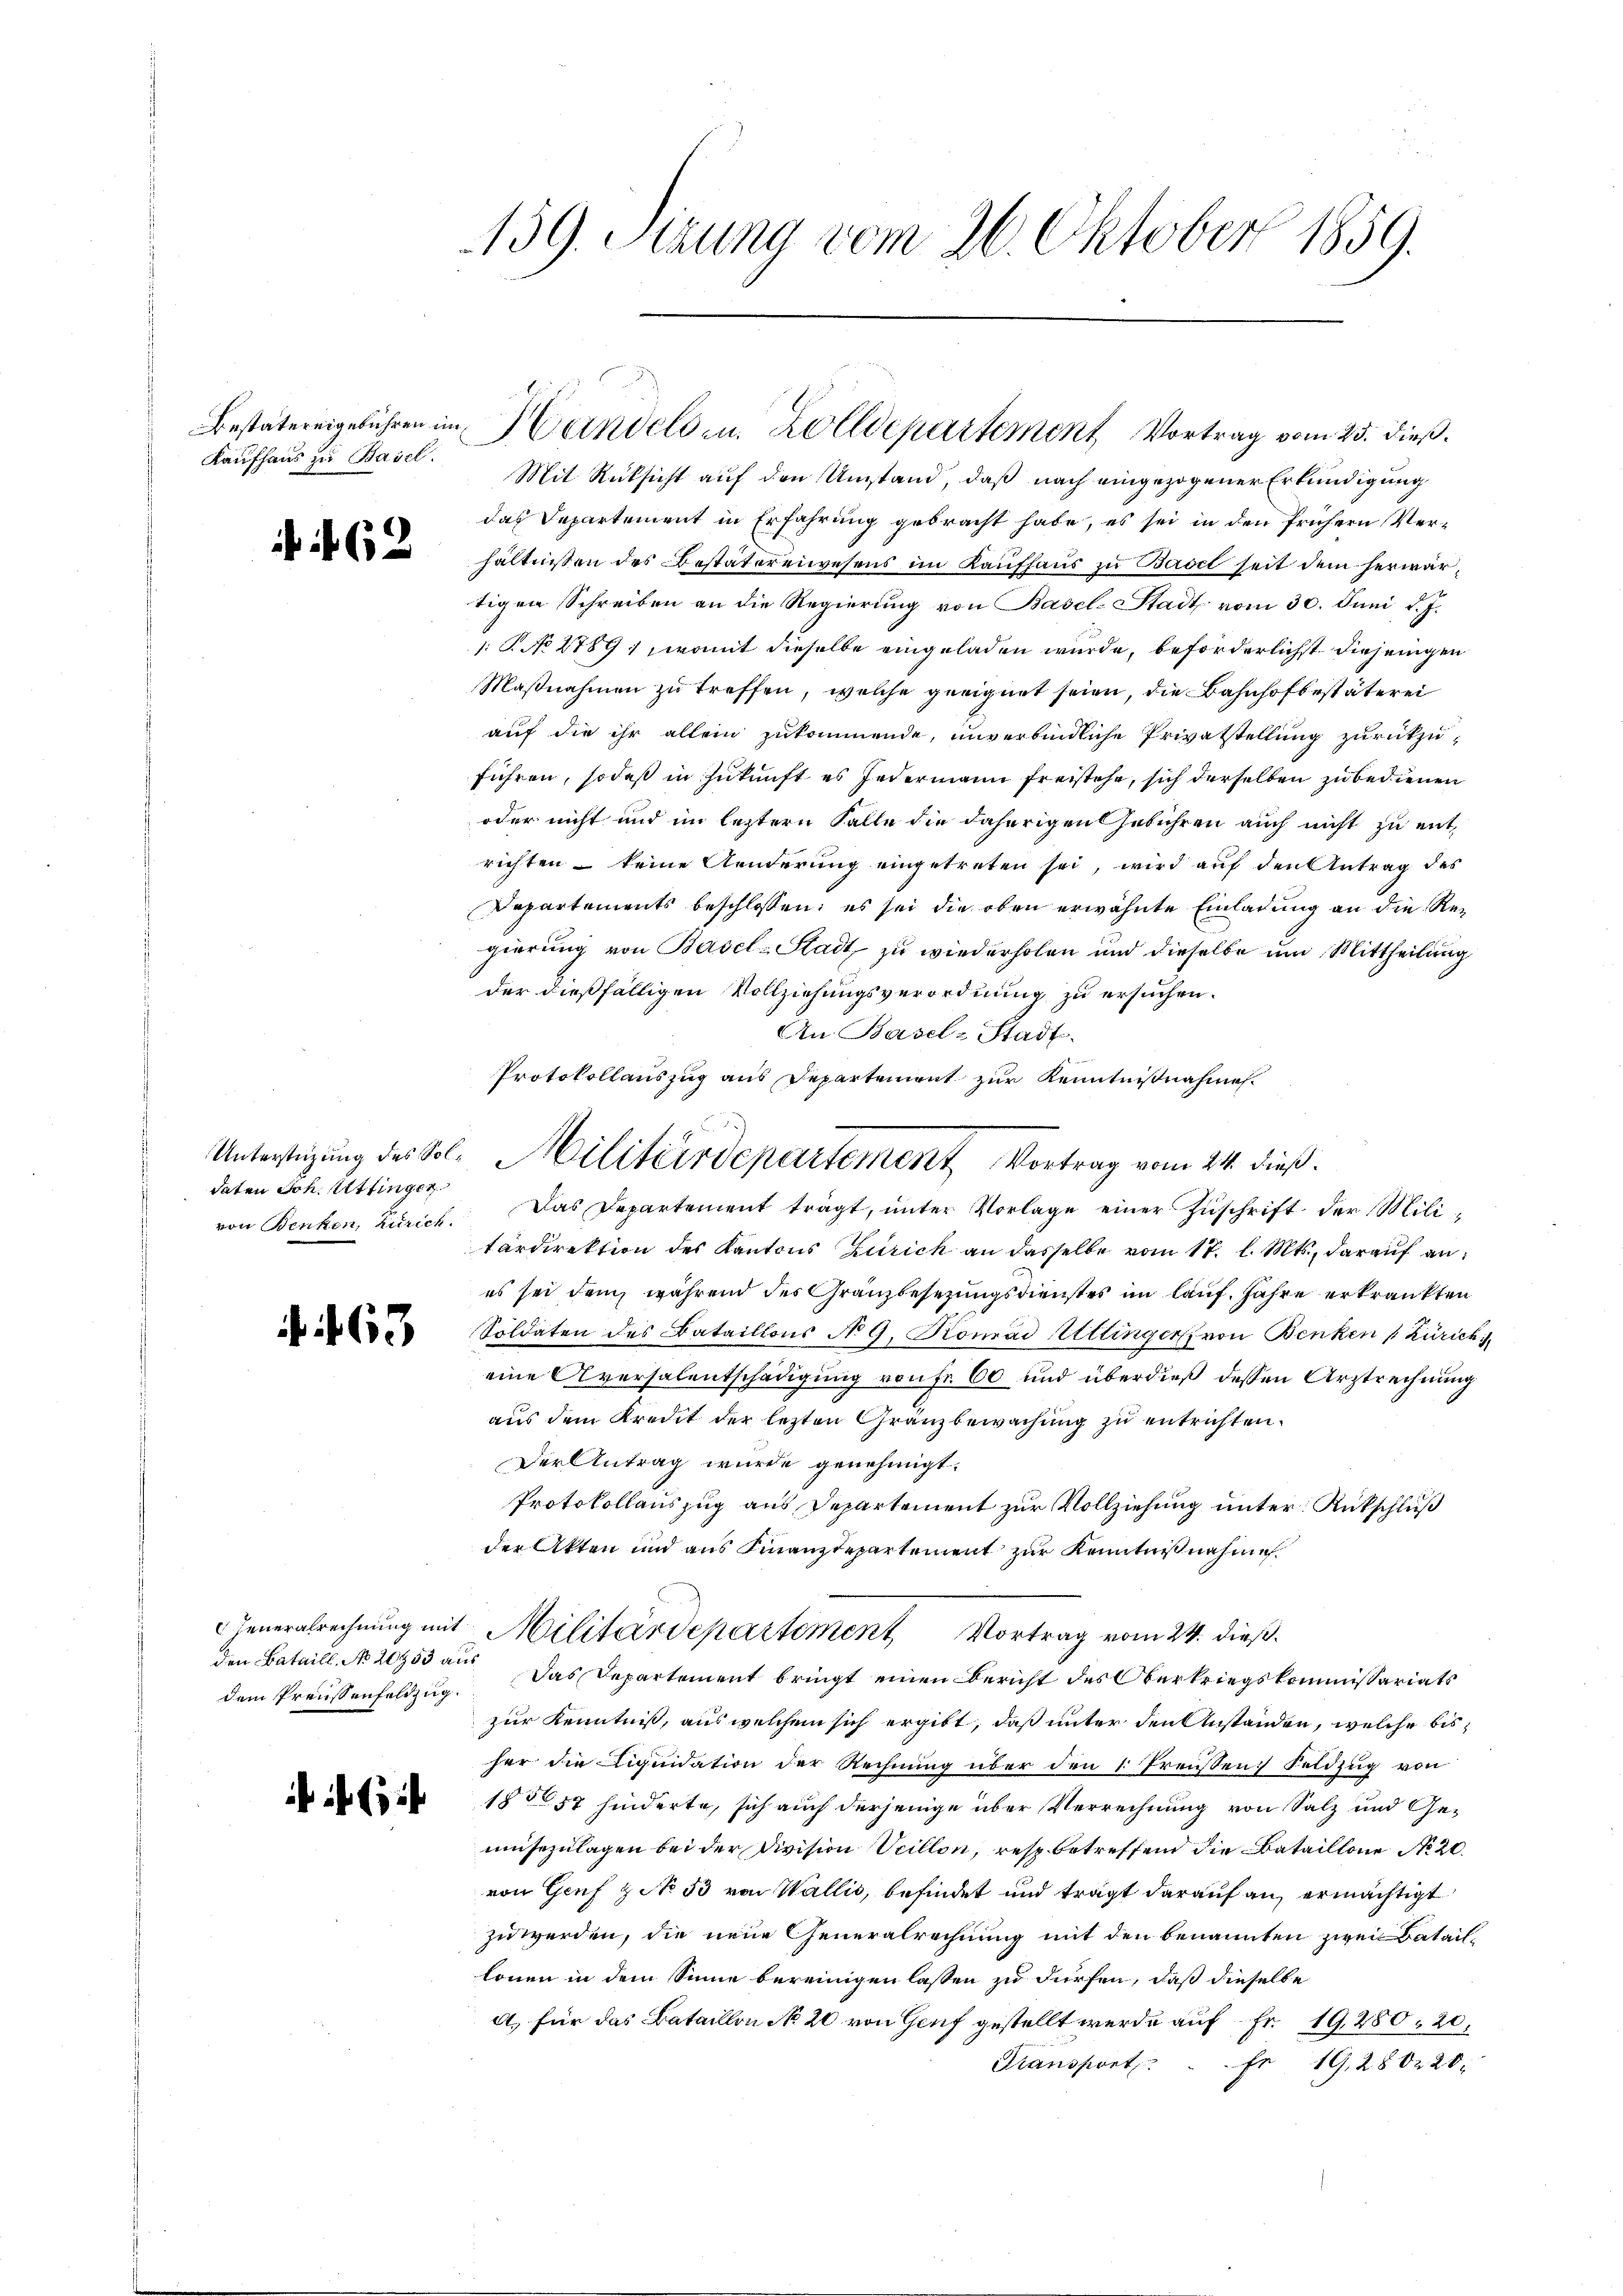
Kaufhaus zu Basel.

162

daten Joh. Uttinger

463

dem Preisenfeldzug.

139. Sizung vom 26. Oktober 1859.

Mit Rücksicht auf den Umstand, daß nach eingezogener Erkundigung
das Departement in Erfahrung gebracht habe, es sei in den frühern Verhältnissen des Bestätereiwesens im Kaufhaus zu Badet seit dem herwärtigen Schreiben an die Regierung von Basel-Stadt vom 30. Juni d. J.
1: P. No 2789) womit dieselbe eingeladen wurde, beförderlichst diejenigen
Maßnahmen zu treffen, welche geeignet seien, die Bahnhofbestäterei
auf die ihr allein zukommende, unverbindliche Privatstellung zurückzu-
führen, sodaß in Zukunft es Jedermann freistehe, sich derselben zu bedienen
oder nicht und im leztern Falle die daherigen Gebühren auch nicht zu entrichten – keine Aenderung eingetreten sei, wird auf den Antrag des
Departements beschlossen; es sei die oben erwähnte Einladung an die Regierung von Basel-Stadt, zu wiederholen und dieselbe um Mittheilung
der dießfälligen Vollziehungsverordnung zu ersuchen.
An Basel-Stadt
von Benken, Zürich. Das Departement trägt, ŭnter Vorlage einer Zŭschrift der Militardirektion des Kantons Zürich an dasselbe vom 17. l. Mts., darauf anes sei dem, während des Granzbesezungsdienstes im lauf. Jahre erkränkten
Soldaten des Bataillons No 9. Komád Uttinger von Benken (Zürich
eine Aversalentschädigung von Fr. 60 und überdieß dessen Urztrechnung
aus dem Kredit der lezten Gränzbewachung zu entrichten.
Der Antrag wurde genehmigt.
Protokollauszug aus Departement zur Vollziehung unter Rükschluß
der Akten und aus Finanzdepartement zur Kenntnißnahme.
FFeneralrechnung mit Militärdepartement Vortrag vom 24. dieß.
den Bataill, No. 20953 aus Das Departement bringt einen Bericht des Oberkriegskommissariats
zur Kenntniß, aus welchem sich ergibt, daß unter den Anstanden, welche bisher die Liquidation der Rechnung über den 1. Freusen Feldzug von
1857 hinderte, sich auch derjenige über Verrechnung von Salz und Gemnsezulagen bei der Division Scillon, resp. betreffend die Bataillone No 20.
von Genf zit. 53 von Wallis, befindet und trägt darauf an, ermächtigt
zu werden, die neue Generalrechnung mit den benannten zwei Bataillonen in dem Sinne bereinigen lassen zu dürfen, daß dieselbe
A. für das Bataillon No 20 von Genf gestellt werde auf Fr. 19280, 20,
Transport . . . fr. 19,2802. 20.

Bestatereigebühren im Handels zu. Zolldepartement Vortrag vom 25. dieß.

Protokollauszug aus Departement zur Kenntnißnahme.
3
Unterstüzung des Sol. Militärdepartement Vortrag vom 24. dieß.